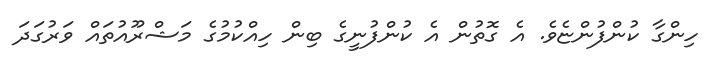
ހިންގާ ކުންފުންޏެވެ. އެ ގޮތުން އެ ކުންފުނީގެ ބިން ހިއްކުމުގެ މަޝްރޫއުތައް ވަރުގަދަ